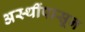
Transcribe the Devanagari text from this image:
अस्थींपासून